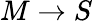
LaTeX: M\to S